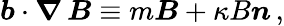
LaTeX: \boldsymbol{b}\cdot\boldsymbol{\nabla}\, \boldsymbol{B}\equiv m\boldsymbol{B}+\kappa B\boldsymbol{n}\, ,